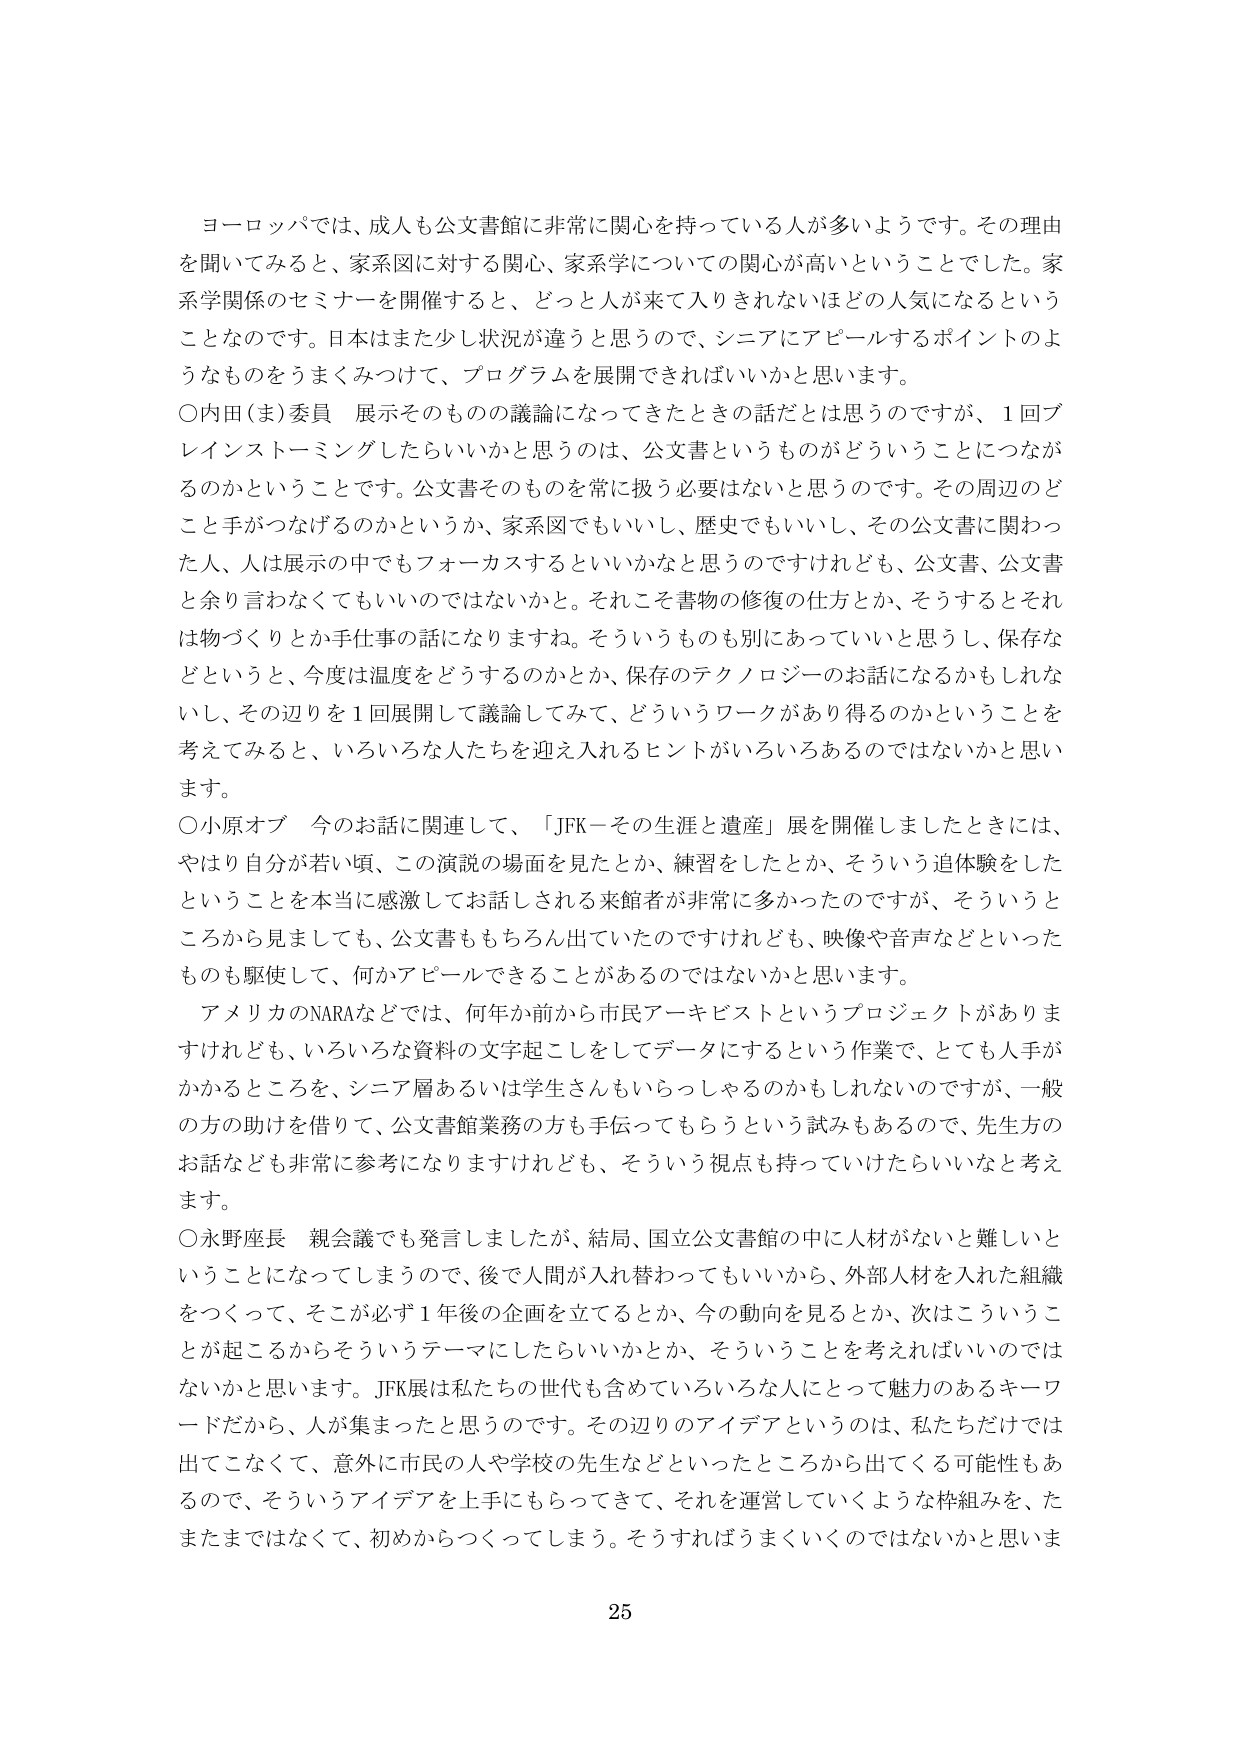
ヨーロッパでは、成人も公文書館に非常に関心を持っている人が多いようです。その理由を聞いてみると、家系図に対する関心、家系学についての関心が高いということでした。家系学関係のセミナーを開催すると、どっと人が来て入りきれないほどの人気になるということなのです。日本はまた少し状況が違うと思うので、シニアにアピールするポイントのようなものをうまくみつけて、プログラムを展開できればいいかと思います。

〇内田（ま）委員　展示そのものの議論になってきたときの話だとは思うのですが、1回ブレインストーミングしたらいいかと思うのは、公文書というものがどういうことにつながるのかということです。公文書そのものを常に扱う必要はないと思うのです。その周辺のどこと手がつなげるのかというか、家系図でもいいし、歴史でもいいし、その公文書に関わった人、人は展示の中でもフォーカスするといいかなと思うのですけれども、公文書、公文書と余り言わなくてもいいのではないかと。それこそ書物の修復の仕方とか、そうするとそれは物づくりとか手仕事の話になりますね。そういうものも別にあっていいと思うし、保存などというと、今度は温度をどうするのかとか、保存のテクノロジーのお話になるかもしれないと、その辺りを1回展開して議論してみて、どういうワークがあり得るのかということを考えてみると、いろいろな人たちを迎え入れるヒントがいろいろあるのではないかと思います。

〇小原オブ　今のお話に関連して、「JFK－その生涯と遺産」展を開催しましたときには、やはり自分が若い頃、この演説の場面を見たとか、練習をしたとか、そういう追体験をしたということを本当に感激してお話しされる来館者が非常に多かったのですが、そういうところから見ましても、公文書ももちろん出ていたのですけれども、映像や音声などといったものも駆使して、何かアピールできることがあるのではないかと思います。

アメリカのNARAなどでは、何年か前から市民アーキビストというプロジェクトがありますけれども、いろいろな資料の文字起こしをしてデータにするという作業で、とても人手がかかるところを、シニア層あるいは学生さんもいらっしゃるのかもしれないのですが、一般の方の助けを借りて、公文書館業務の方も手伝ってもらうという試みもあるので、先生方のお話なども非常に参考になりますけれども、そういう視点も持っていけたらいいなと考えます。

〇水野座長　親会議でも発言しましたが、結局、国立公文書館の中に人材がないと難しいということになってしまうので、後で人間が入れ替わってもいいから、外部人材を入れた組織をつくって、そこが必ず1年後の企画を立てるとか、今の動向を見るとか、次はこういうことが起こるからそういうテーマにしたらいいかとか、そういうことを考えればいいのではないかと思います。JFK展は私たちの世代も含めていろいろな人にとって魅力のあるキーワードだから、人が集まったと思うのです。その辺りのアイデアというのは、私たちだけでは出てこなくて、意外に市民の人や学校の先生などといったところから出てくる可能性もあるので、そういうアイデアを上手にもらってきて、それを運営していくような枠組みを、たまたまではなくて、初めからつくってしまう。そうすればうまくいくのではないかと思います。

25